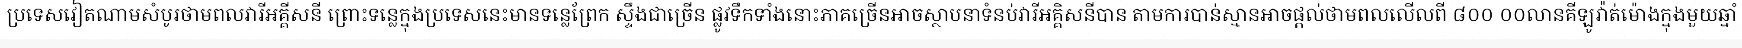
ប្រទេសវៀតណាមសំបូរថាមពលវារីអគ្គីសនី ព្រោះទន្លេក្នុងប្រទេសនេះមានទន្លេព្រែក ស្ទឹងជាច្រើន ផ្លូវទឹកទាំងនោះភាគច្រើនអាចស្ថាបនាទំនប់វារីអគ្គិសនីបាន តាមការបាន់ស្មានអាចផ្តល់ថាមពលលើលពី ៨០០ ០០លានគីឡូវ៉ាត់ម៉ោងក្នុងមួយឆ្នាំ